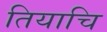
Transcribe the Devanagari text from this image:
तियाचि